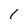
Character: 1